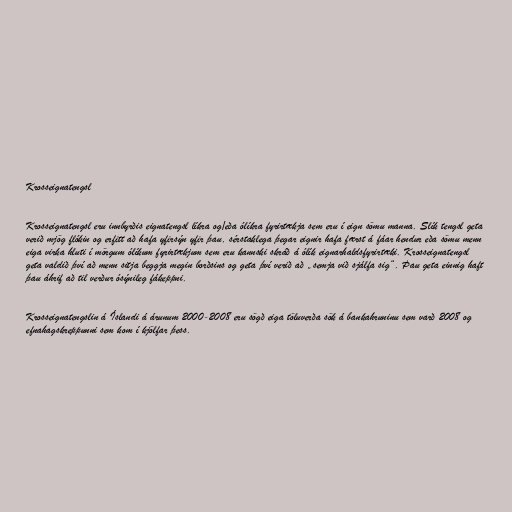
Krosseignatengsl

Krosseignatengsl eru innbyrðis eignatengsl líkra og/eða ólíkra fyrirtækja sem eru í eign sömu manna. Slík tengsl geta
verið mjög flókin og erfitt að hafa yfirsýn yfir þau, sérstaklega þegar eignir hafa færst á fáar hendur eða sömu menn
eiga virka hluti í mörgum ólíkum fyrirtækjum sem eru kannski skráð á ólík eignarhaldsfyrirtæki. Krosseignatengsl
geta valdið því að menn sitja beggja megin borðsins og geta því verið að „semja við sjálfa sig“. Þau geta einnig haft
þau áhrif að til verður ósýnileg fákeppni.

Krosseignatengslin á Íslandi á árunum 2000-2008 eru sögð eiga töluverða sök á bankahruninu sem varð 2008 og
efnahagskreppunni sem kom í kjölfar þess.